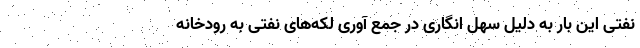
نفتی این بار به دلیل سهل انگاری در جمع آوری لکه‌های نفتی به رودخانه